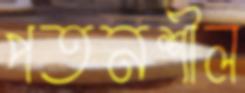
পতনশীল